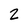
Character: 2